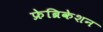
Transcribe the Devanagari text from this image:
फ्रेब्रिकेशन